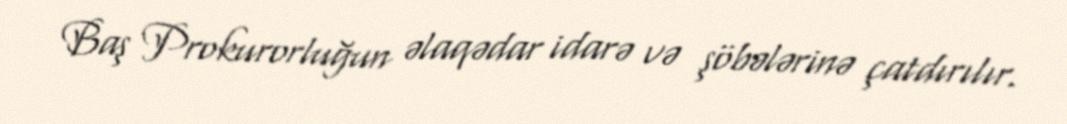
Baş Prokurorluğun əlaqədar idarə və şöbələrinə çatdırılır.